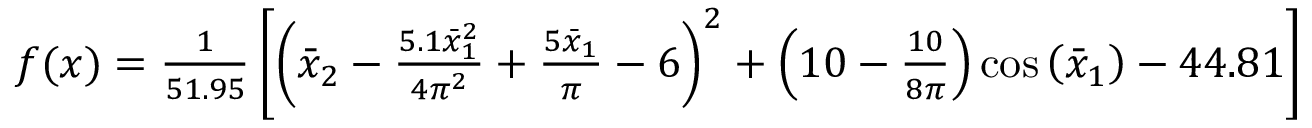
\begin{array} { r } { f ( \boldsymbol { x } ) = \frac { 1 } { 5 1 . 9 5 } \left[ \left( \bar { x } _ { 2 } - \frac { 5 . 1 \bar { x } _ { 1 } ^ { 2 } } { 4 \pi ^ { 2 } } + \frac { 5 \bar { x } _ { 1 } } { \pi } - 6 \right) ^ { 2 } + \left( 1 0 - \frac { 1 0 } { 8 \pi } \right) \cos \left( \bar { x } _ { 1 } \right) - 4 4 . 8 1 \right] } \end{array}